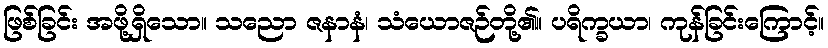
ဖြစ်ခြင်း အဖို့ရှိသော။ သညော ဇနာနံ၊ သံယောဇဉ်တို့၏။ ပရိက္ခယာ၊ ကုန်ခြင်းကြောင့်။